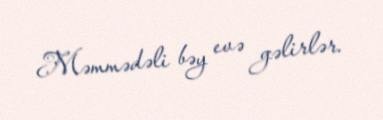
Məmmədəli bəy evə gəlirlər.